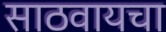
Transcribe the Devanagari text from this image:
साठवायचा